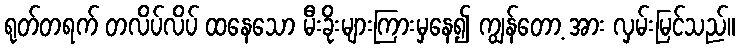
ရုတ်တရက် တလိပ်လိပ် ထနေသော မီးခိုးများကြားမှနေ၍ ကျွန်တော့ အား လှမ်းမြင်သည်။